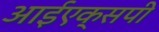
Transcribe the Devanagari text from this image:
आईएक्सपी